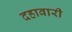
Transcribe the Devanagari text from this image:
दहावारी